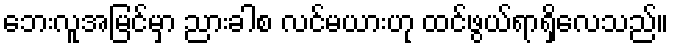
ဘေးလူအမြင်မှာ ညားခါစ လင်မယားဟု ထင်ဖွယ်ရာရှိလေသည်။